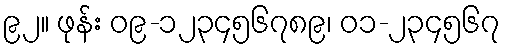
၉၂။ ဖုန်း ၀၉-၁၂၃၄၅၆၇၈၉၊ ၀၁-၂၃၄၅၆၇